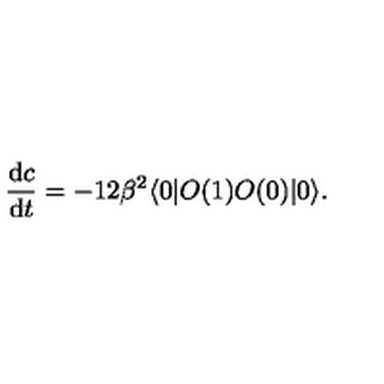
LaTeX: { \frac { \mathrm { d } c } { \mathrm { d } t } } = - 1 2 \beta ^ { 2 } \langle 0 | O ( 1 ) O ( 0 ) | 0 \rangle .